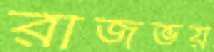
রাজভয়